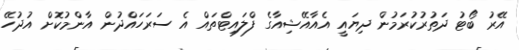
އޭރު ބޯޓު ދަތުރުކުރަމުން ދިޔައީ އެއާއޭޝިއާގެ ފްލައިޓްތައް އެ ސަރަހައްދުން އާންމުކޮށް އުދުހޭ